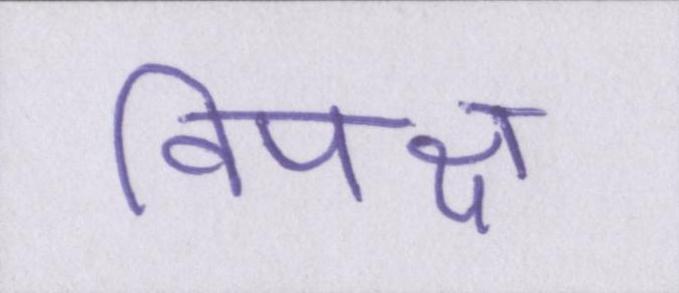
विपक्ष